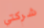
شركتي